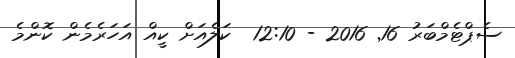
ސެޕްޓެމްބަރު 16